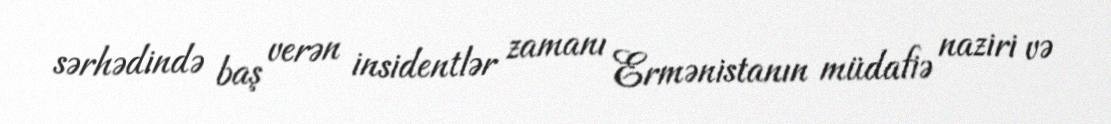
sərhədində baş verən insidentlər zamanı Ermənistanın müdafiə naziri və